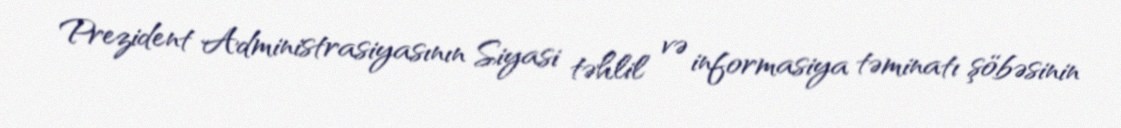
Prezident Administrasiyasının Siyasi təhlil və informasiya təminatı şöbəsinin